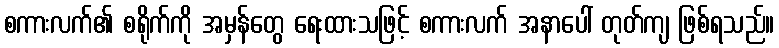
စကားလက်၏ စရိုက်ကို အမှန်တွေ ရေးထားသဖြင့် စကားလက် အနာပေါ် တုတ်ကျ ဖြစ်ရသည်။